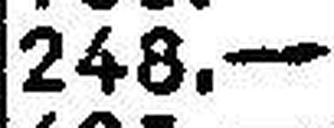
248.—